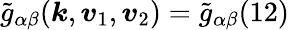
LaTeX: \widetilde{g}_{\alpha\beta}(\boldsymbol{k},\boldsymbol{v}_{1},\boldsymbol{v}_{2})=\widetilde{g}_{\alpha\beta}(12)